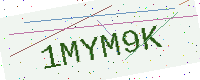
Text: 1MYM9K